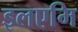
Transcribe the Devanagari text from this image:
इलएमि